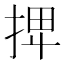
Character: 𢬽